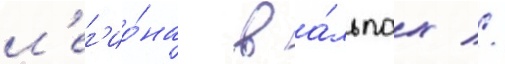
л'ег'ио́на в а́льпах //